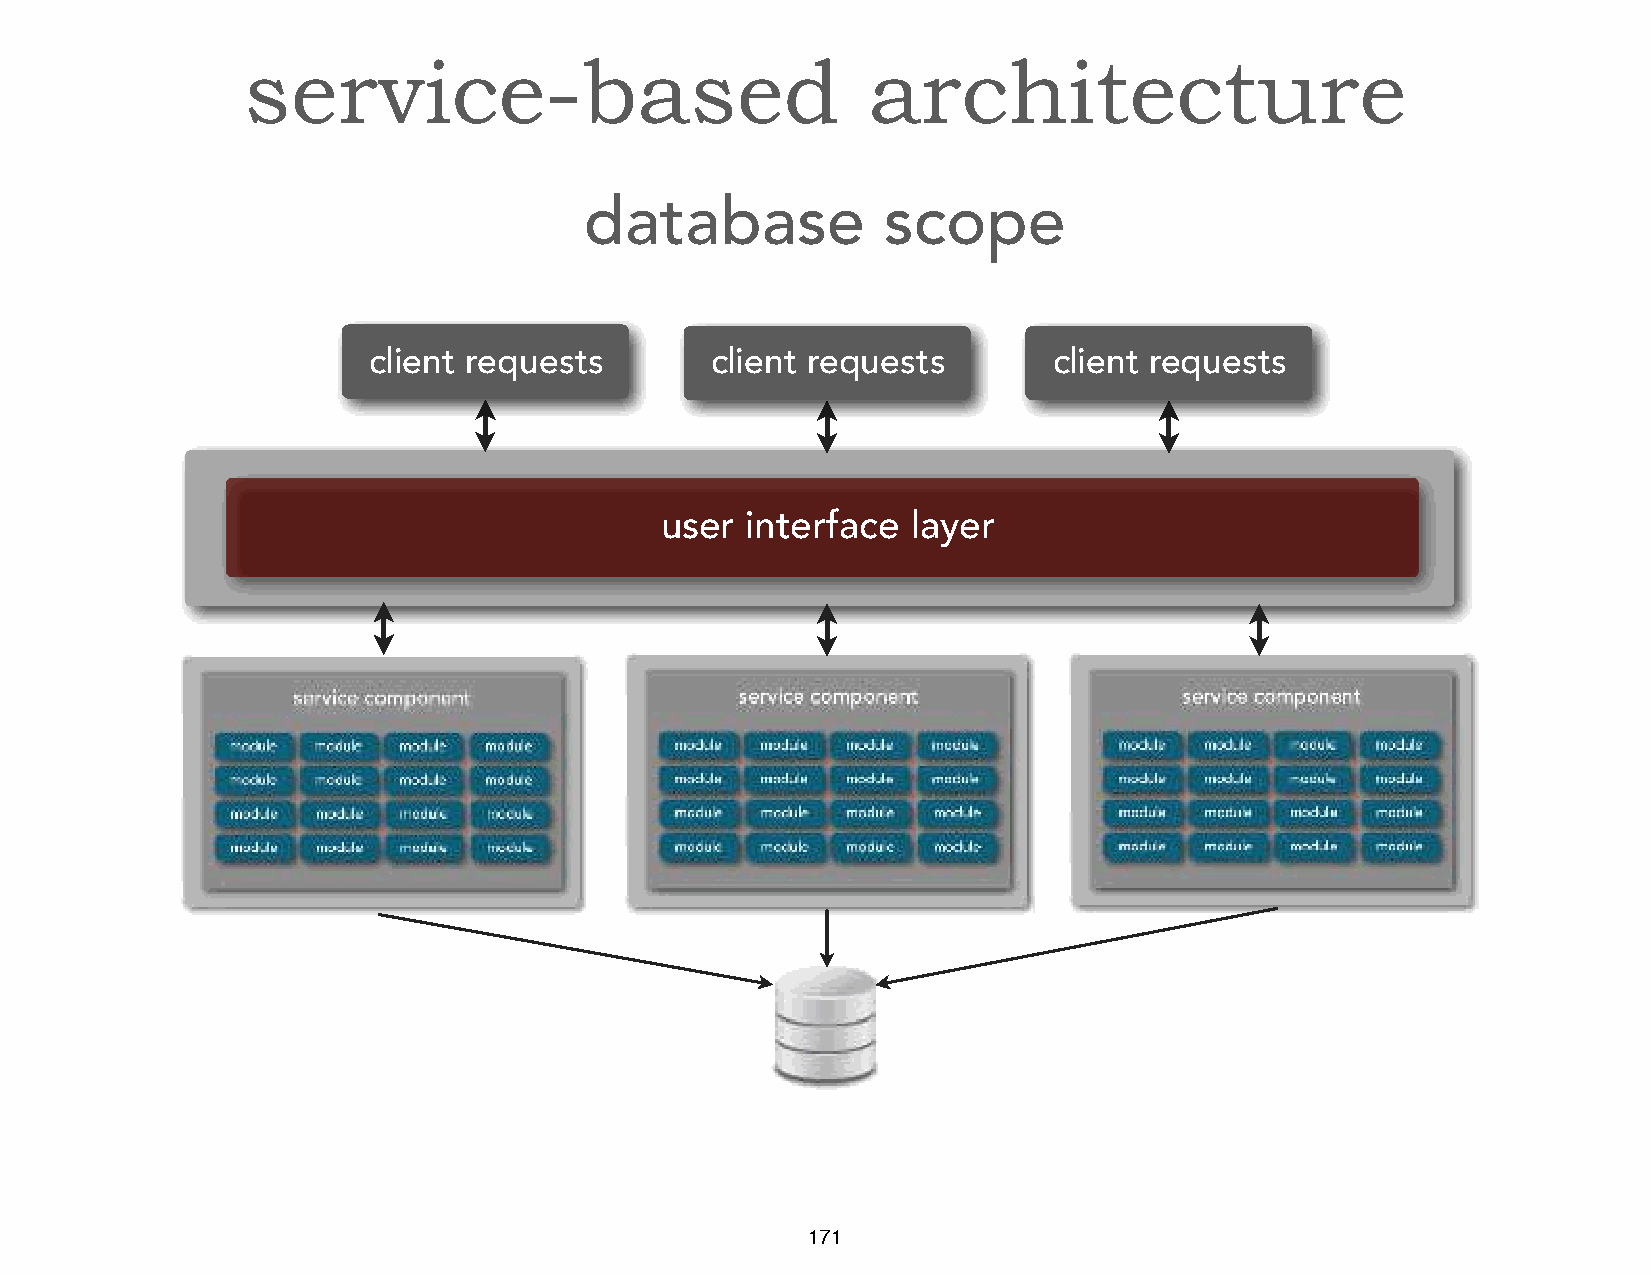
service-based                            architecture
 database           scope
 client requests        client requests        client requests
 user interface  layer
 171